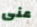
عنى